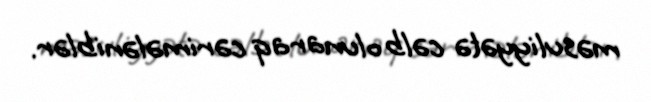
məsuliyyətə cəlb olunaraq cərimələniblər.